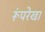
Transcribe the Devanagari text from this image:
रूंपरेखा